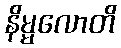
နိမ္မလောတိ